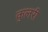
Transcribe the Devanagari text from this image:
कुलरी